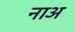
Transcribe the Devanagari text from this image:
नाअ